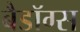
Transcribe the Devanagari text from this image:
बैडॉग्स